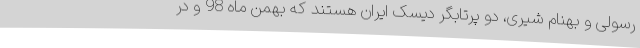
رسولی و بهنام شیری، دو پرتابگر دیسک ایران هستند که بهمن ماه 98 و در